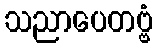
သညာပေတဗ္ဗံ